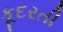
કૂદરતી